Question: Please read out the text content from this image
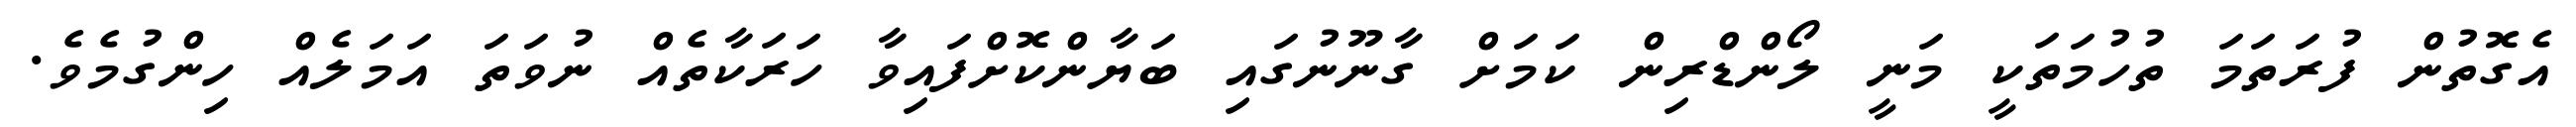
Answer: އެގޮތުން ފުރަތަމަ ތުހުމަތަކީ މަނީ ލޯންޑްރިން ކަމަށް ގާނޫނުގައި ބަޔާންކޮށްފައިވާ ހަރަކާތެއް ނުވަތަ އަމަލެއް ހިންގުމެވެ.